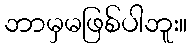
ဘာမှမဖြစ်ပါဘူး။